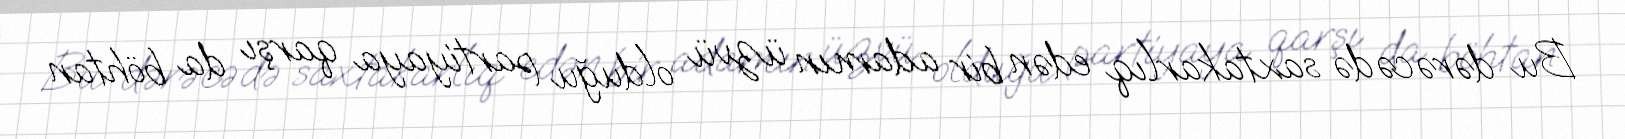
Bu dərəcədə saxtakarlıq edən bir adamın üzvü olduğu partiyaya qarşı da böhtan